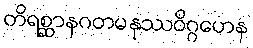
တိရစ္ဆာနဂတမနုဿဝိဂ္ဂဟေန